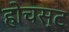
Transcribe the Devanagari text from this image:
होचस्ट